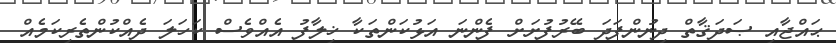
ޙައްޖާއި ޞަދަޤާތް ދިނުންފަދަ ބޭރުފުށަށް ފެންނަ އަޅުކަންތަކާ ޚިލާފު އެއްވެސް ކަހަލަ ދެއްކުންތެރިކަމެއް